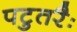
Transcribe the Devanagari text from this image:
पटुतरैः